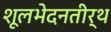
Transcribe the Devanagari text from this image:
शूलभेदनतीर्थ